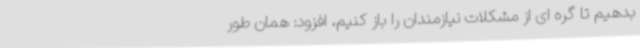
بدهیم تا گره ای از مشکلات نیازمندان را باز کنیم، افزود: همان‌ طور